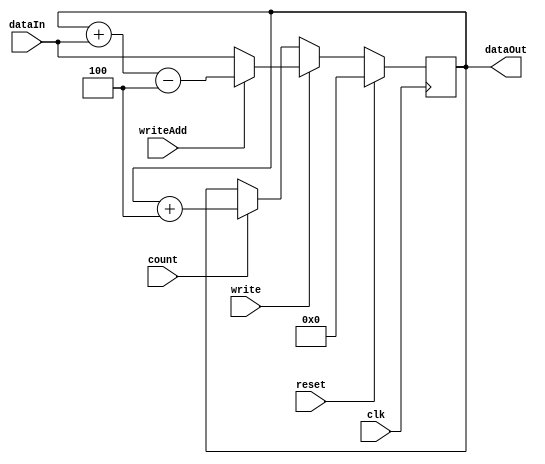
module programCounter (

  input   wire          clk,
  input   wire          reset,
  input         [31:0]  dataIn,
  output  wire  [31:0]  dataOut,
  input                 write,      // 1 => WRITE, 0 => READ
  input                 writeAdd,   // 1 => Add dataIn to PC, 0 => Set dataIn to PC
  input                 count       // 1 => COUNT UP, 0 => STOPPED

);

    reg [31:0] programCounter;

    always @(posedge clk) begin

        if (reset) begin

            programCounter <= 0;

        end

        else if (write) begin

            programCounter <= writeAdd ? programCounter + $signed(dataIn) - 4 : dataIn;

        end
        
        else if (count) begin
            
            programCounter <= programCounter + 4;

        end

    end

    assign dataOut = programCounter;

endmodule